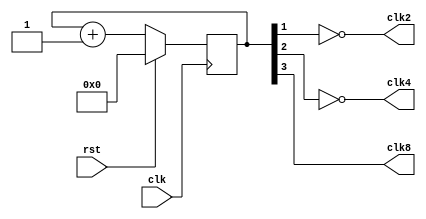

module clk_divider (
    input clk,
    input rst,
    output clk2,
    output clk4,
    output clk8
);

   reg [3:0] cnt;

    always @ (posedge clk) begin
        if (rst == 1'b1)
            cnt <= 4'b0;
        else
            cnt <= cnt + 1'b1;
    end

    assign clk2 = ~cnt[1];
    assign clk4 = ~cnt[2];
    assign clk8 = cnt[3];

endmodule